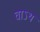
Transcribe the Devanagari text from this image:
वाऽथ